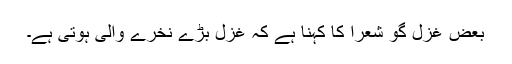
بعض غزل گو شعرأ کا کہنا ہے کہ غزل بڑے نخرے والی ہوتی ہے۔